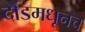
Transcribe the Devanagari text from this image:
दौंडमधूनच